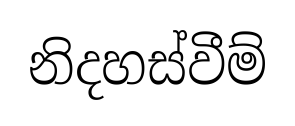
නිදහස්වීම්